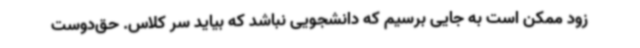
زود ممکن است به جایی برسیم که دانشجویی نباشد که بیاید سر کلاس. حق‌دوست